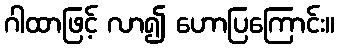
ဂါထာဖြင့် လာ၍ ဟောပြကြောင်း။